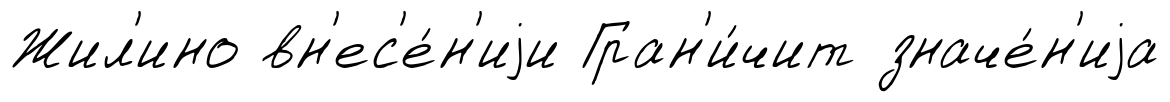
Жил'ино вн'ес'е́н'иjи Гран'и́чит значе́н'иjа